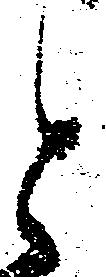
と